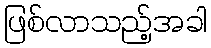
ဖြစ်လာသည့်အခါ